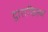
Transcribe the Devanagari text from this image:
द्वाराफिल्म